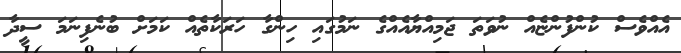
އެއްވެސް ކުންފުންޏެއް ނުވަތަ ޖަމިއްޔާއެއްގެ ނަމުގައި ހިންގާ ހަރަކާތެއް ކަމަށް ބުނެފިނަމަ ސީދާ